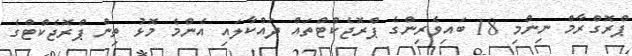
ޕްރޮގްރާމް ނިންމި 18 ބައިވެރިންގެ ޕްރޮޖެކްޓްތައް ދައްކާލައި އެންމެ މޮޅު ތިން ޕްރޮޖެކްޓްގެ